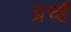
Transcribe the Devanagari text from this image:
प्रच्है